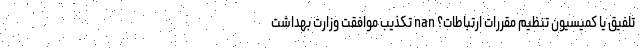
تلفیق یا کمیسیون تنظیم مقررات ارتباطات؟ nan تکذیب موافقت وزارت بهداشت